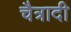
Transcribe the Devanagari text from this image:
चैत्रादी